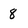
Character: 8